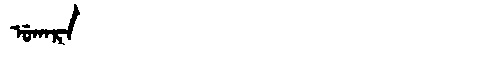
Manchu: ᡠᡴᠠᡵᠠ
Romanization: UKARA